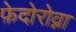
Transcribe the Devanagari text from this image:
फ़ेदोरोव्ना